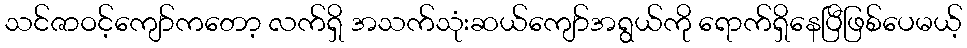
သင်ဇာဝင့်ကျော်ကတော့ လက်ရှိ အသက်သုံးဆယ်ကျော်အရွယ်ကို ရောက်ရှိနေပြီဖြစ်ပေမယ့်